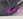
علي